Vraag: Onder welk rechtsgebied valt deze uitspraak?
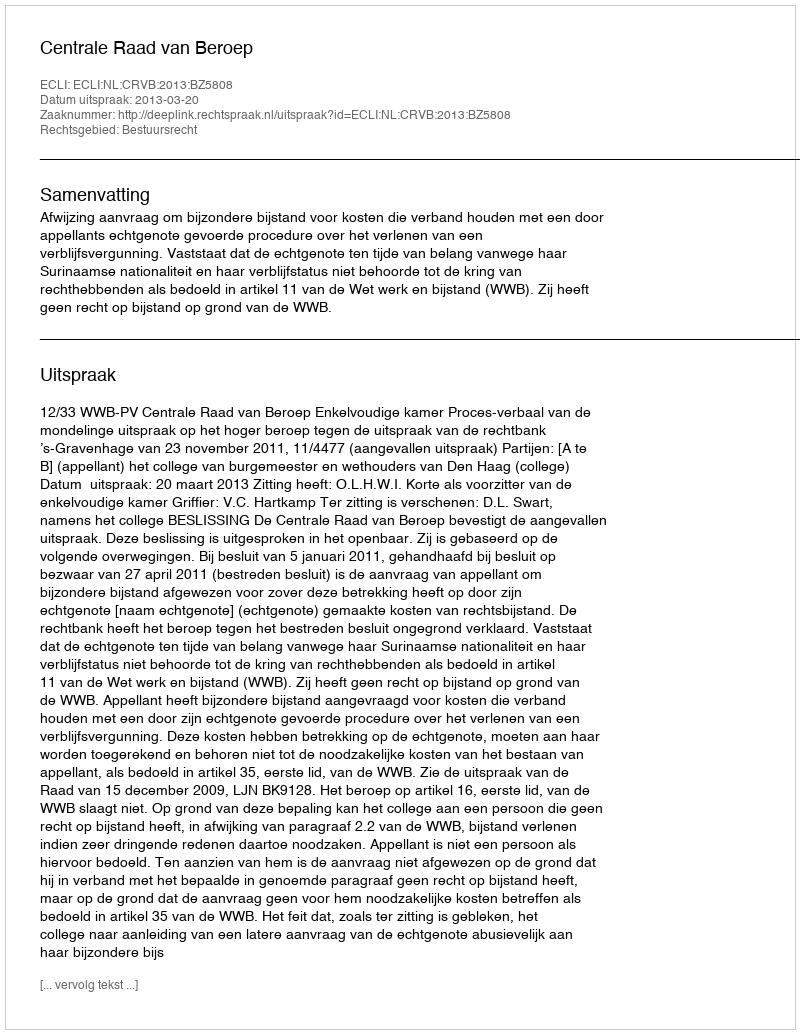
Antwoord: Bestuursrecht